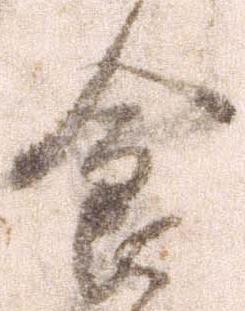
食